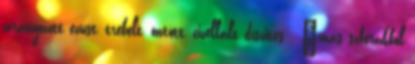
aranyozott ezüst, trébelt, öntött, cizellált díszités . "más szférákból